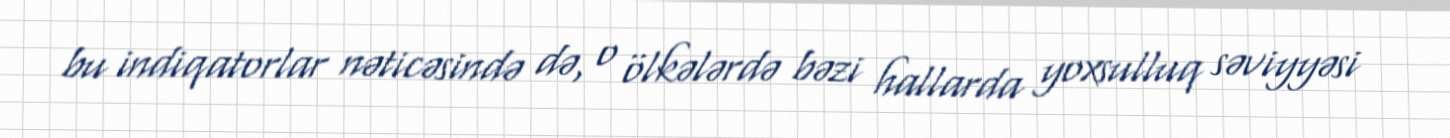
bu indiqatorlar nəticəsində də, o ölkələrdə bəzi hallarda yoxsulluq səviyyəsi